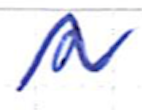
Text: a
Cross-out: wave
Writing tool: ballpoint